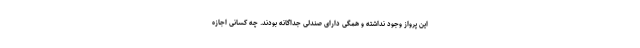
این پرواز وجود نداشته و همگی دارای صندلی جداگانه بودند. چه کسانی اجازه